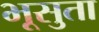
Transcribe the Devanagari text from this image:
भूसुता